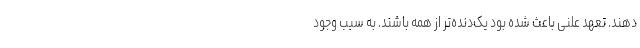
دهند. تعهد علنی باعث شده بود یک‌دنده‌تر از همه باشند. به سبب وجود